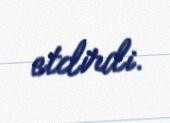
etdirdi.